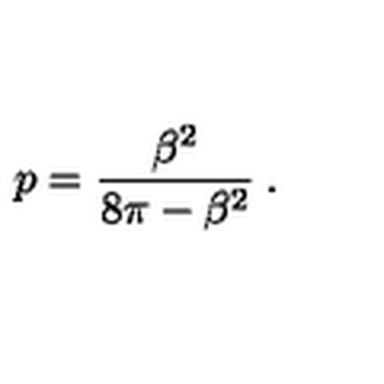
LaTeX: p = \displaystyle \frac { \beta ^ { 2 } } { 8 \pi - \beta ^ { 2 } } \: .